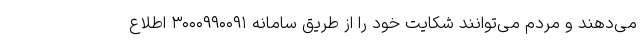
می‌دهند و مردم می‌توانند شکایت خود را از طریق سامانه ۳۰۰۰۹۹۰۰۹۱ اطلاع